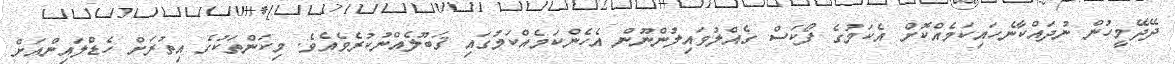
ދޭދޭމީހުން ނުދައްކާނެހައިކަމެއްކޮށް އެކަމުގެ ފޯކަސް ގެއްލުވައިލުންނޫން އެހެންކަމެއްކަމުގައި ޤަބޫލެއްނުކުރެވެއެވެ. މިކަންތަކުގެ އިތުރަށް ހެޑްލައިންއަށް